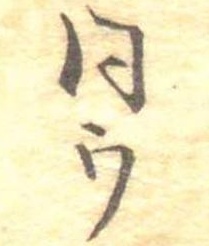
同ウ